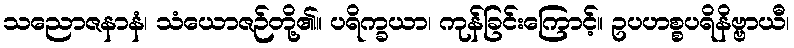
သညောဇနာနံ၊ သံယောဇဉ်တို့၏။ ပရိက္ခယာ၊ ကုန်ခြင်းကြောင့်။ ဥပဟစ္စပရိနိဗ္ဗာယီ၊